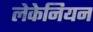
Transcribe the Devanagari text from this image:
लेकेनियन